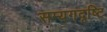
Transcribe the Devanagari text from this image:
सम्यगदृष्टि